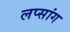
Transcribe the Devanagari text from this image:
लप्सांग